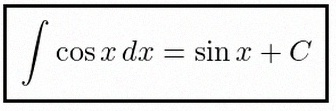
\int \cos x\,dx=\sin x+C